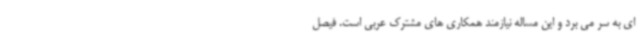
ای به سر می برد و این مساله نیازمند همکاری های مشترک عربی است. فیصل